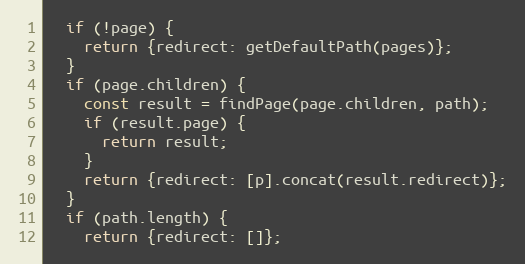
Language: JavaScript
  if (!page) {
    return {redirect: getDefaultPath(pages)};
  }
  if (page.children) {
    const result = findPage(page.children, path);
    if (result.page) {
      return result;
    }
    return {redirect: [p].concat(result.redirect)};
  }
  if (path.length) {
    return {redirect: []};